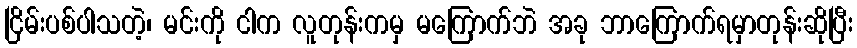
ငြိမ်းပစ်ပါသတဲ့၊ မင်းကို ငါက လူတုန်းကမှ မကြောက်ဘဲ အခု ဘာကြောက်ရမှာတုန်းဆိုပြီး